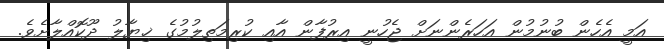
އަމީ އެހެން ބުނުމުން އަހަރެންނަށް ޖެހުނީ އިރުފާން އާއި ކުރިމަތިލުމުގެ ޚިޔާލު ދޫކޮއްލާށެވެ.